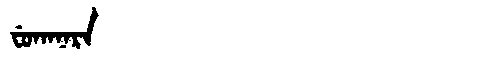
Manchu: ᠸᡠᡴᠠᠨᠠᡵᠠ
Romanization: FUKANARA